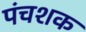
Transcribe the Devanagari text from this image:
पंचशक